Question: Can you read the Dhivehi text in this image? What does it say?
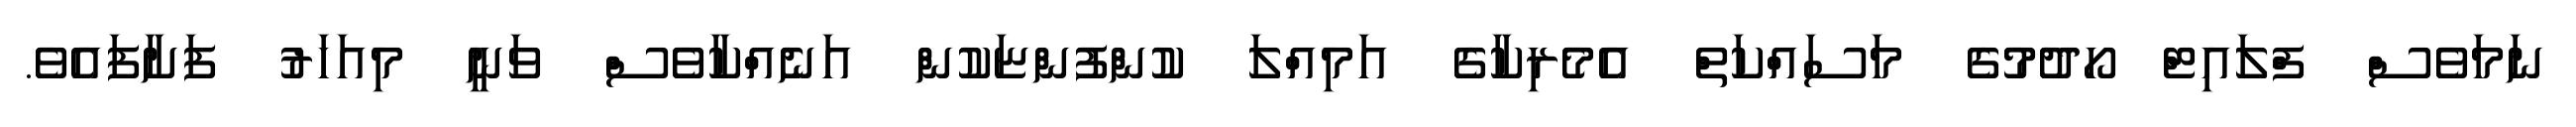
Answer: ނަމަވެސް ފްލައިޓް ހޯދުމުގެ މަސައްކަތް އެމެރިކާގެ އަމިއްލަ ކުންފުންޏަކުން އަނެއްކާވެސް ވަނީ މިއަހަރު ފަށާފައެވެ.